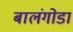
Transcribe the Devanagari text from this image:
बालंगोडा